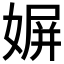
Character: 𡟛